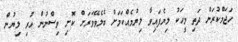
ހަޖަމްކުރަން ދަތި މީހަކު ލިޔެފައިވާ ލިޔުމެއްކަމަށް ބެލެވޭވަރަށް ކޮށި ވިސްނުން ހުރި ލިޔުން